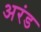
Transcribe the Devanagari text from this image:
अरंड